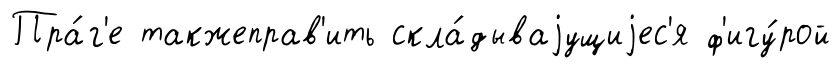
Пра́г'е такжеправ'ить скла́дываjущиjес'я ф'игу́рой